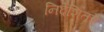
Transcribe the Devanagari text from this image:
निर्देशितहै